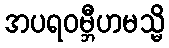
အပရဝမ္ဘီဟမသ္မိ